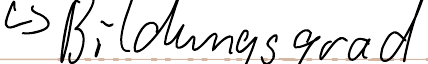
-> Bildungsgrad